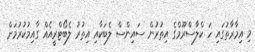
މި އިމާރާތުގައި ހަ ކްލާސްރޫމްގެ އިތުރުން ސައިންސް ލެބަކާއި އިތުރު ލެބޯޓްރީއެއް ގާއިމުކުރުމަށް